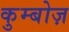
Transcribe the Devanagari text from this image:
कुम्बोज़